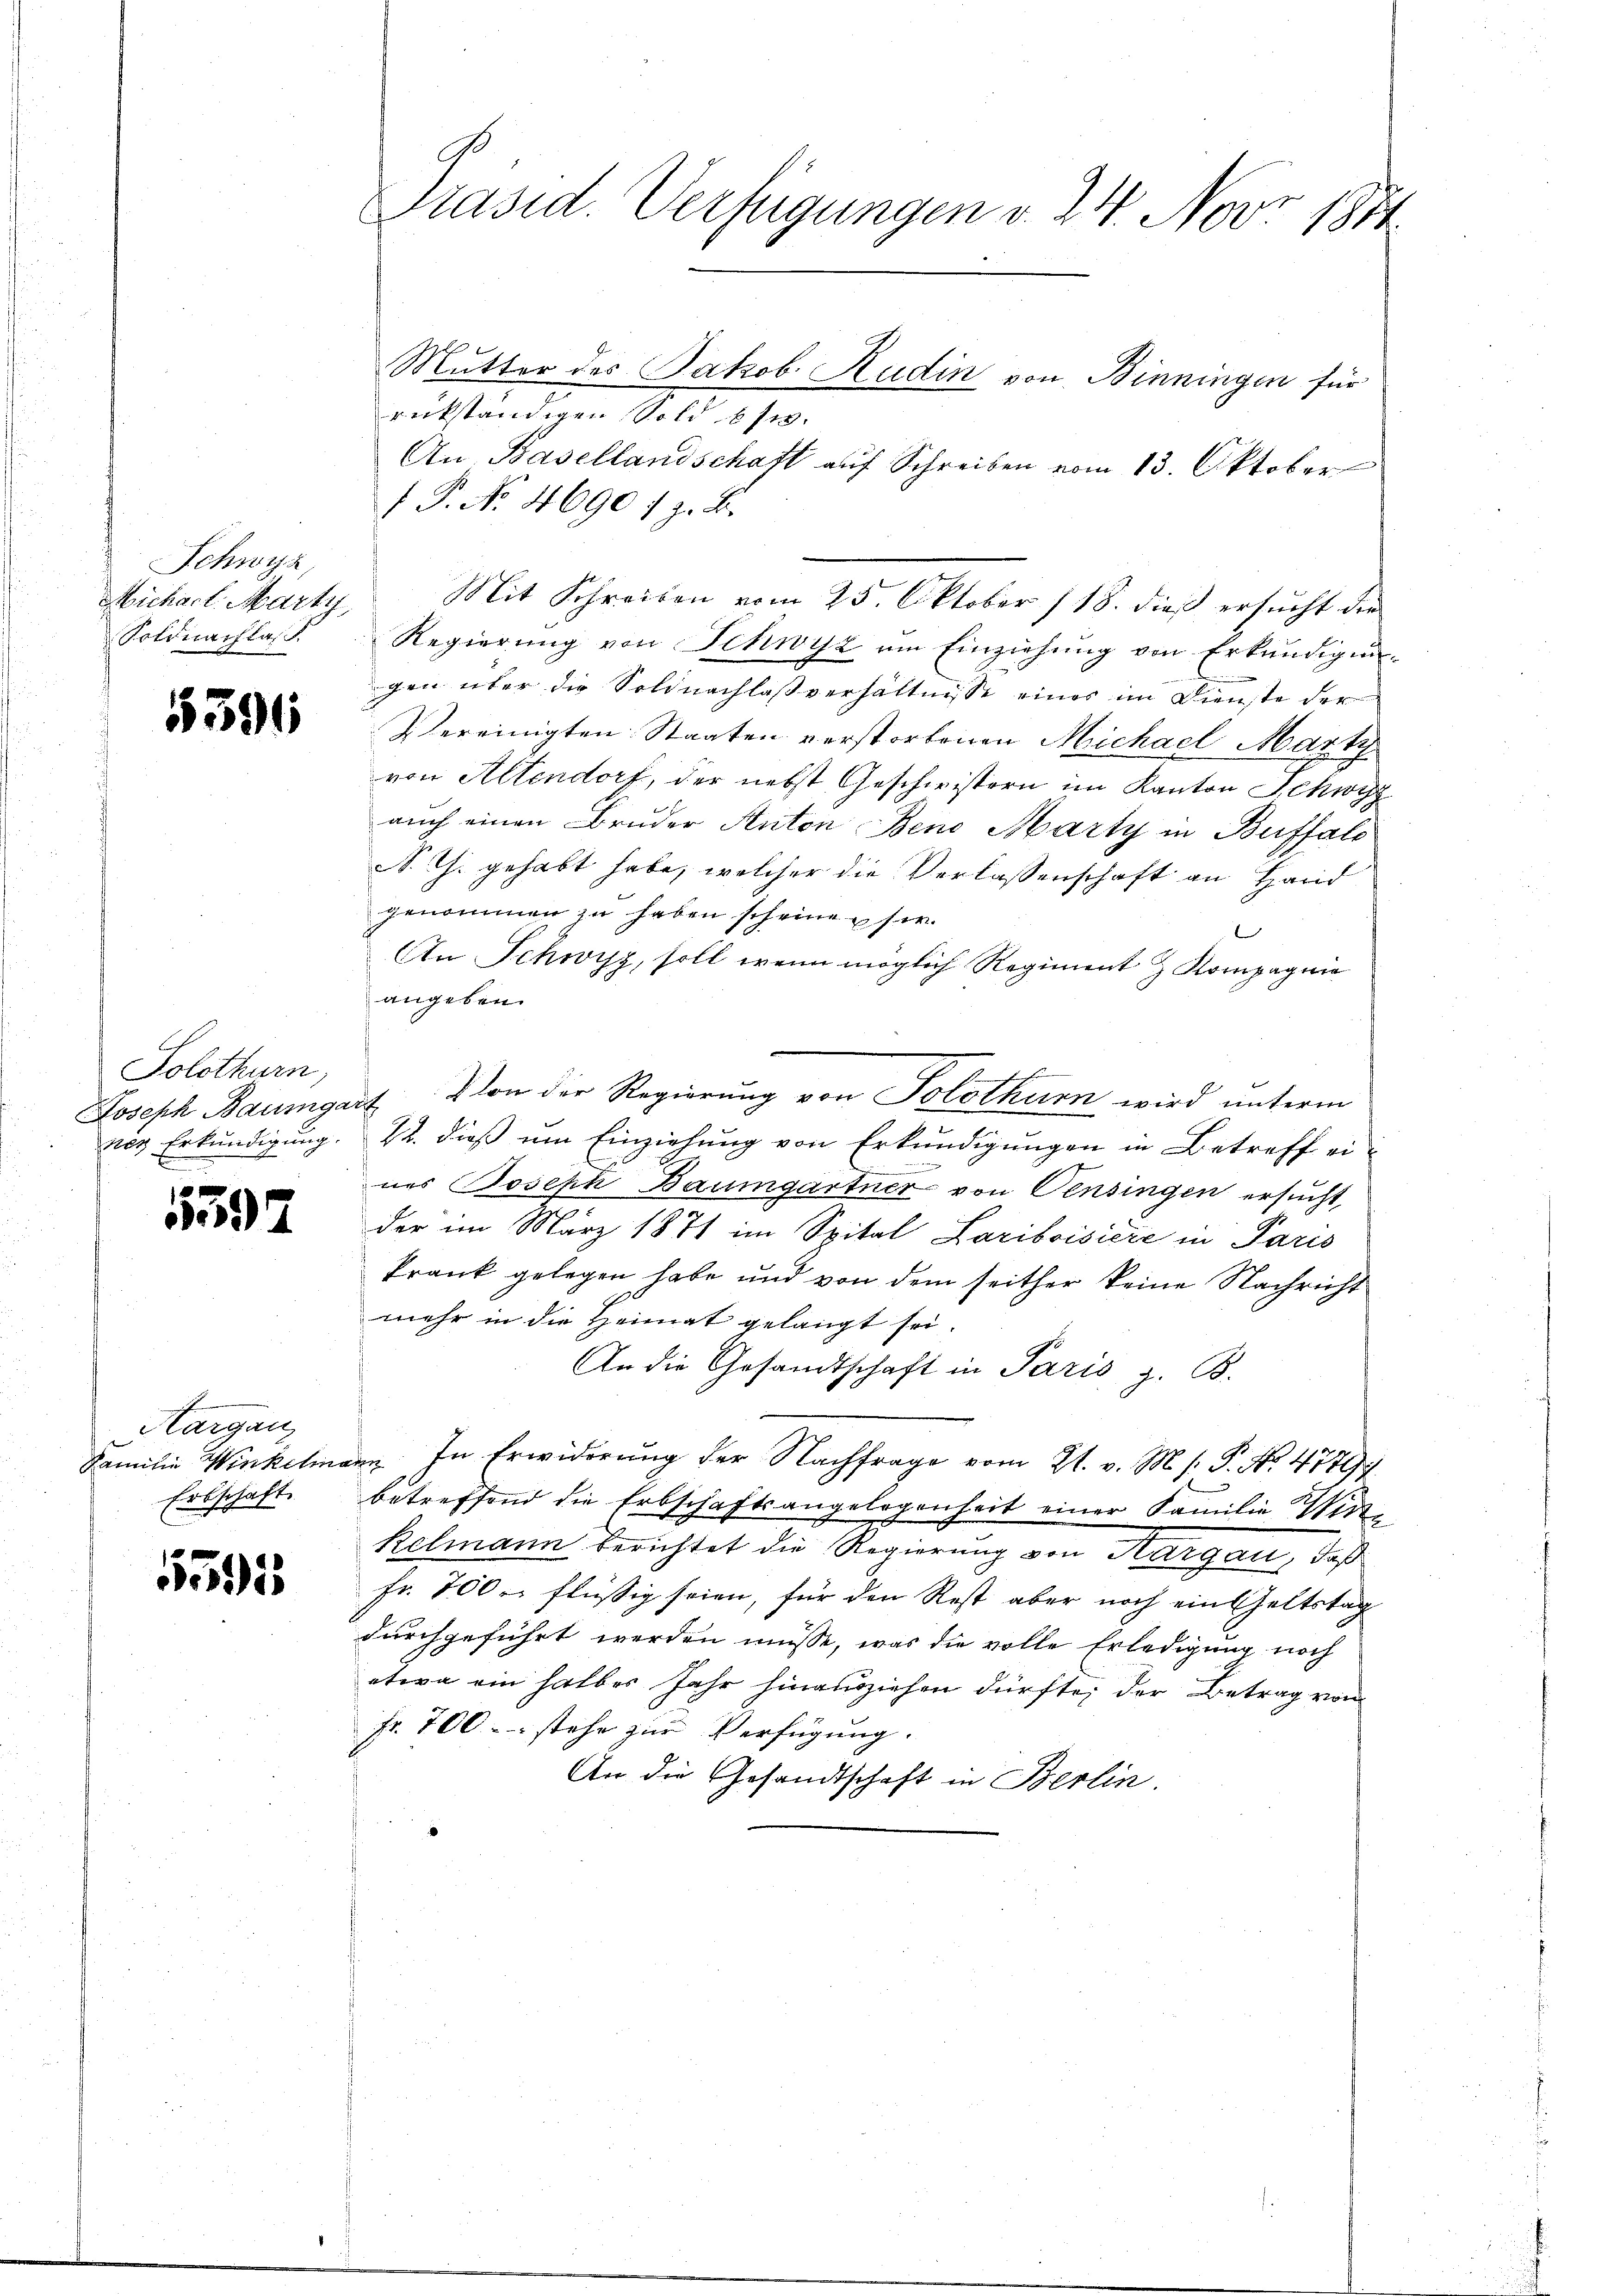
Schwyz,
Micharl. Marty
Soldnachlas

5596

Solothurn
Joseph Baumga
nes Erkundigung.
.

5592

Marganz
Familie Winkelin
Erbschaft.

1591

Präsid. Verfügungen v. 24. Nov. 1814.

Mutter des Jakob Hudin von Binningen für
rückständigen Sold 6 fr.
An Basellandschaft auf Schreiben vom 13. Oktober
 P. No. 4690 1 z. B.
Regierung von Schwyz um Einziehung von Erkundigungen über die Soldnachlaßverhältnisse einer im Dienste der
Vereinigten Staaten verstorbenen Michael Marty
von Altendorf, der nebst Geschwistern im Kanton Schwyz
auch einen Bruder Anton Bene Marty in Buffalo
S. Th. gehabt habe, welcher die Verlassenschaft an Hand
genommen zu haben scheine sie
.
An Schwyz, soll wenn möglich Regiment & Kompagnie
angeben.
Von der Regierung von Solothurn wird unterm
o
22. dieß um Einziehung von Erkundigungen in Betreff ei-
nes Joseph Baumgartner von Censingen ersucht,
der im März 1871 im Spital Lariboisiere in Paris
krank gelegen habe und von dem seither keine Nachricht
mehr in die Heimat gelangt sei.
An die Gesandtschaft in Paris z. B.
n. In Erwiderung der Nachfrage vom 21. v. M. h. T. No. 4779.
betreffend die Erbschaftsangelegenheit einer Familie Wittkelmann berichtet die Regierung von Aargau, daß
Fr. 700. flüssig seien, für den Rest aber noch ein Geltstag
durchgeführt werden müsse, was die volle Erledigung noch
etwa ein halbes Jahr hinausziehen dürfte; der Betrag von
Fr. 700.-. stehe zur Verfügung.
An die Gesandtschaft in Berlin.

Mit Schreiben vom 25. Oktober 118. dieß ersucht der